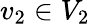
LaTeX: v_{2}\in V_{2}